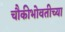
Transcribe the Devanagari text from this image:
चौकीभोवतीच्या